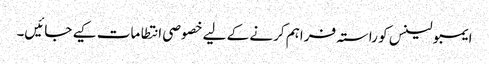
ایمبولینس کو راستہ فراہم کرنے کے لیے خصوصی انتطامات کیے جائیں۔